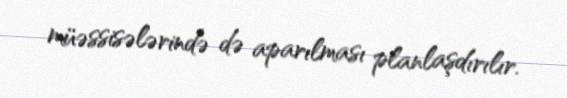
müəssisələrində də aparılması planlaşdırılır.